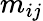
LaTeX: m_{ij}